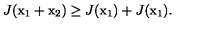
J ( \mathrm { \boldmath x _ 1 } + \mathrm { \boldmath x _ 2 } ) \ge J ( \mathrm { \boldmath x _ 1 } ) + J ( \mathrm { \boldmath x _ 1 } ) .